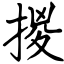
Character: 㨑